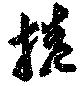
捲